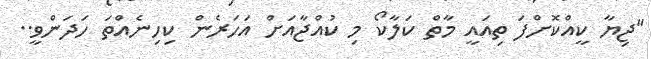
"ޖިޔާ ކީއްކޮށްފަ ތިއައީ މާތް ކަލާކޯ މި ކުއްޖާއަށް އަހަރެން ކިހިނެއްތަ ހަދަންވީ..